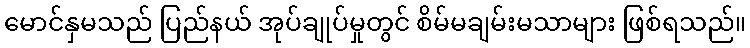
မောင်နှမသည် ပြည်နယ် အုပ်ချုပ်မှုတွင် စိမ်မချမ်းမသာများ ဖြစ်ရသည်။